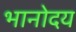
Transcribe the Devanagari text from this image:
भानोदय